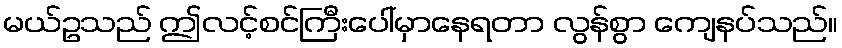
မယ်ဥသည် ဤလင့်စင်ကြီးပေါ်မှာနေရတာ လွန်စွာ ကျေနပ်သည်။